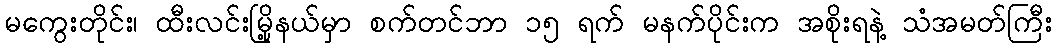
မကွေးတိုင်း၊ ထီးလင်းမြို့နယ်မှာ စက်တင်ဘာ ၁၅ ရက် မနက်ပိုင်းက အစိုးရနဲ့ သံအမတ်ကြီး